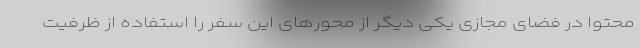
محتوا در فضای مجازی یکی دیگر از محورهای این سفر را استفاده از ظرفیت